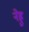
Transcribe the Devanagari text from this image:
नेह्रु